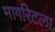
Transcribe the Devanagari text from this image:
मार्गारेटला